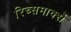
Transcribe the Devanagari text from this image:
रिच्समार्क्स